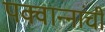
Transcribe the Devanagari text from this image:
पक्वान्‍नांची